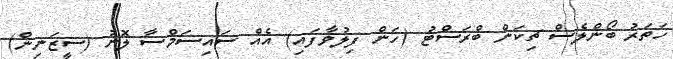
ހަތަރު ބޯންލެސް ޗިކަން ބްރަސްޓު (ހަން ފިލުވާފައި) އެއް ސައިސަމްސާ ލޮނު (ސީޒަނިން)